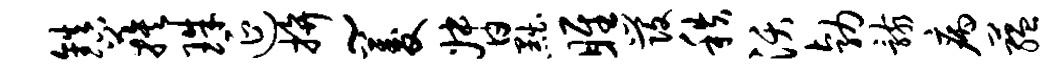
镇蔟珠延拚~菱督黜雎发秩沃勃骸病蕴